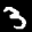
Label: 3